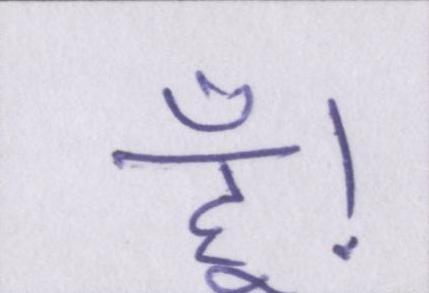
हूं।